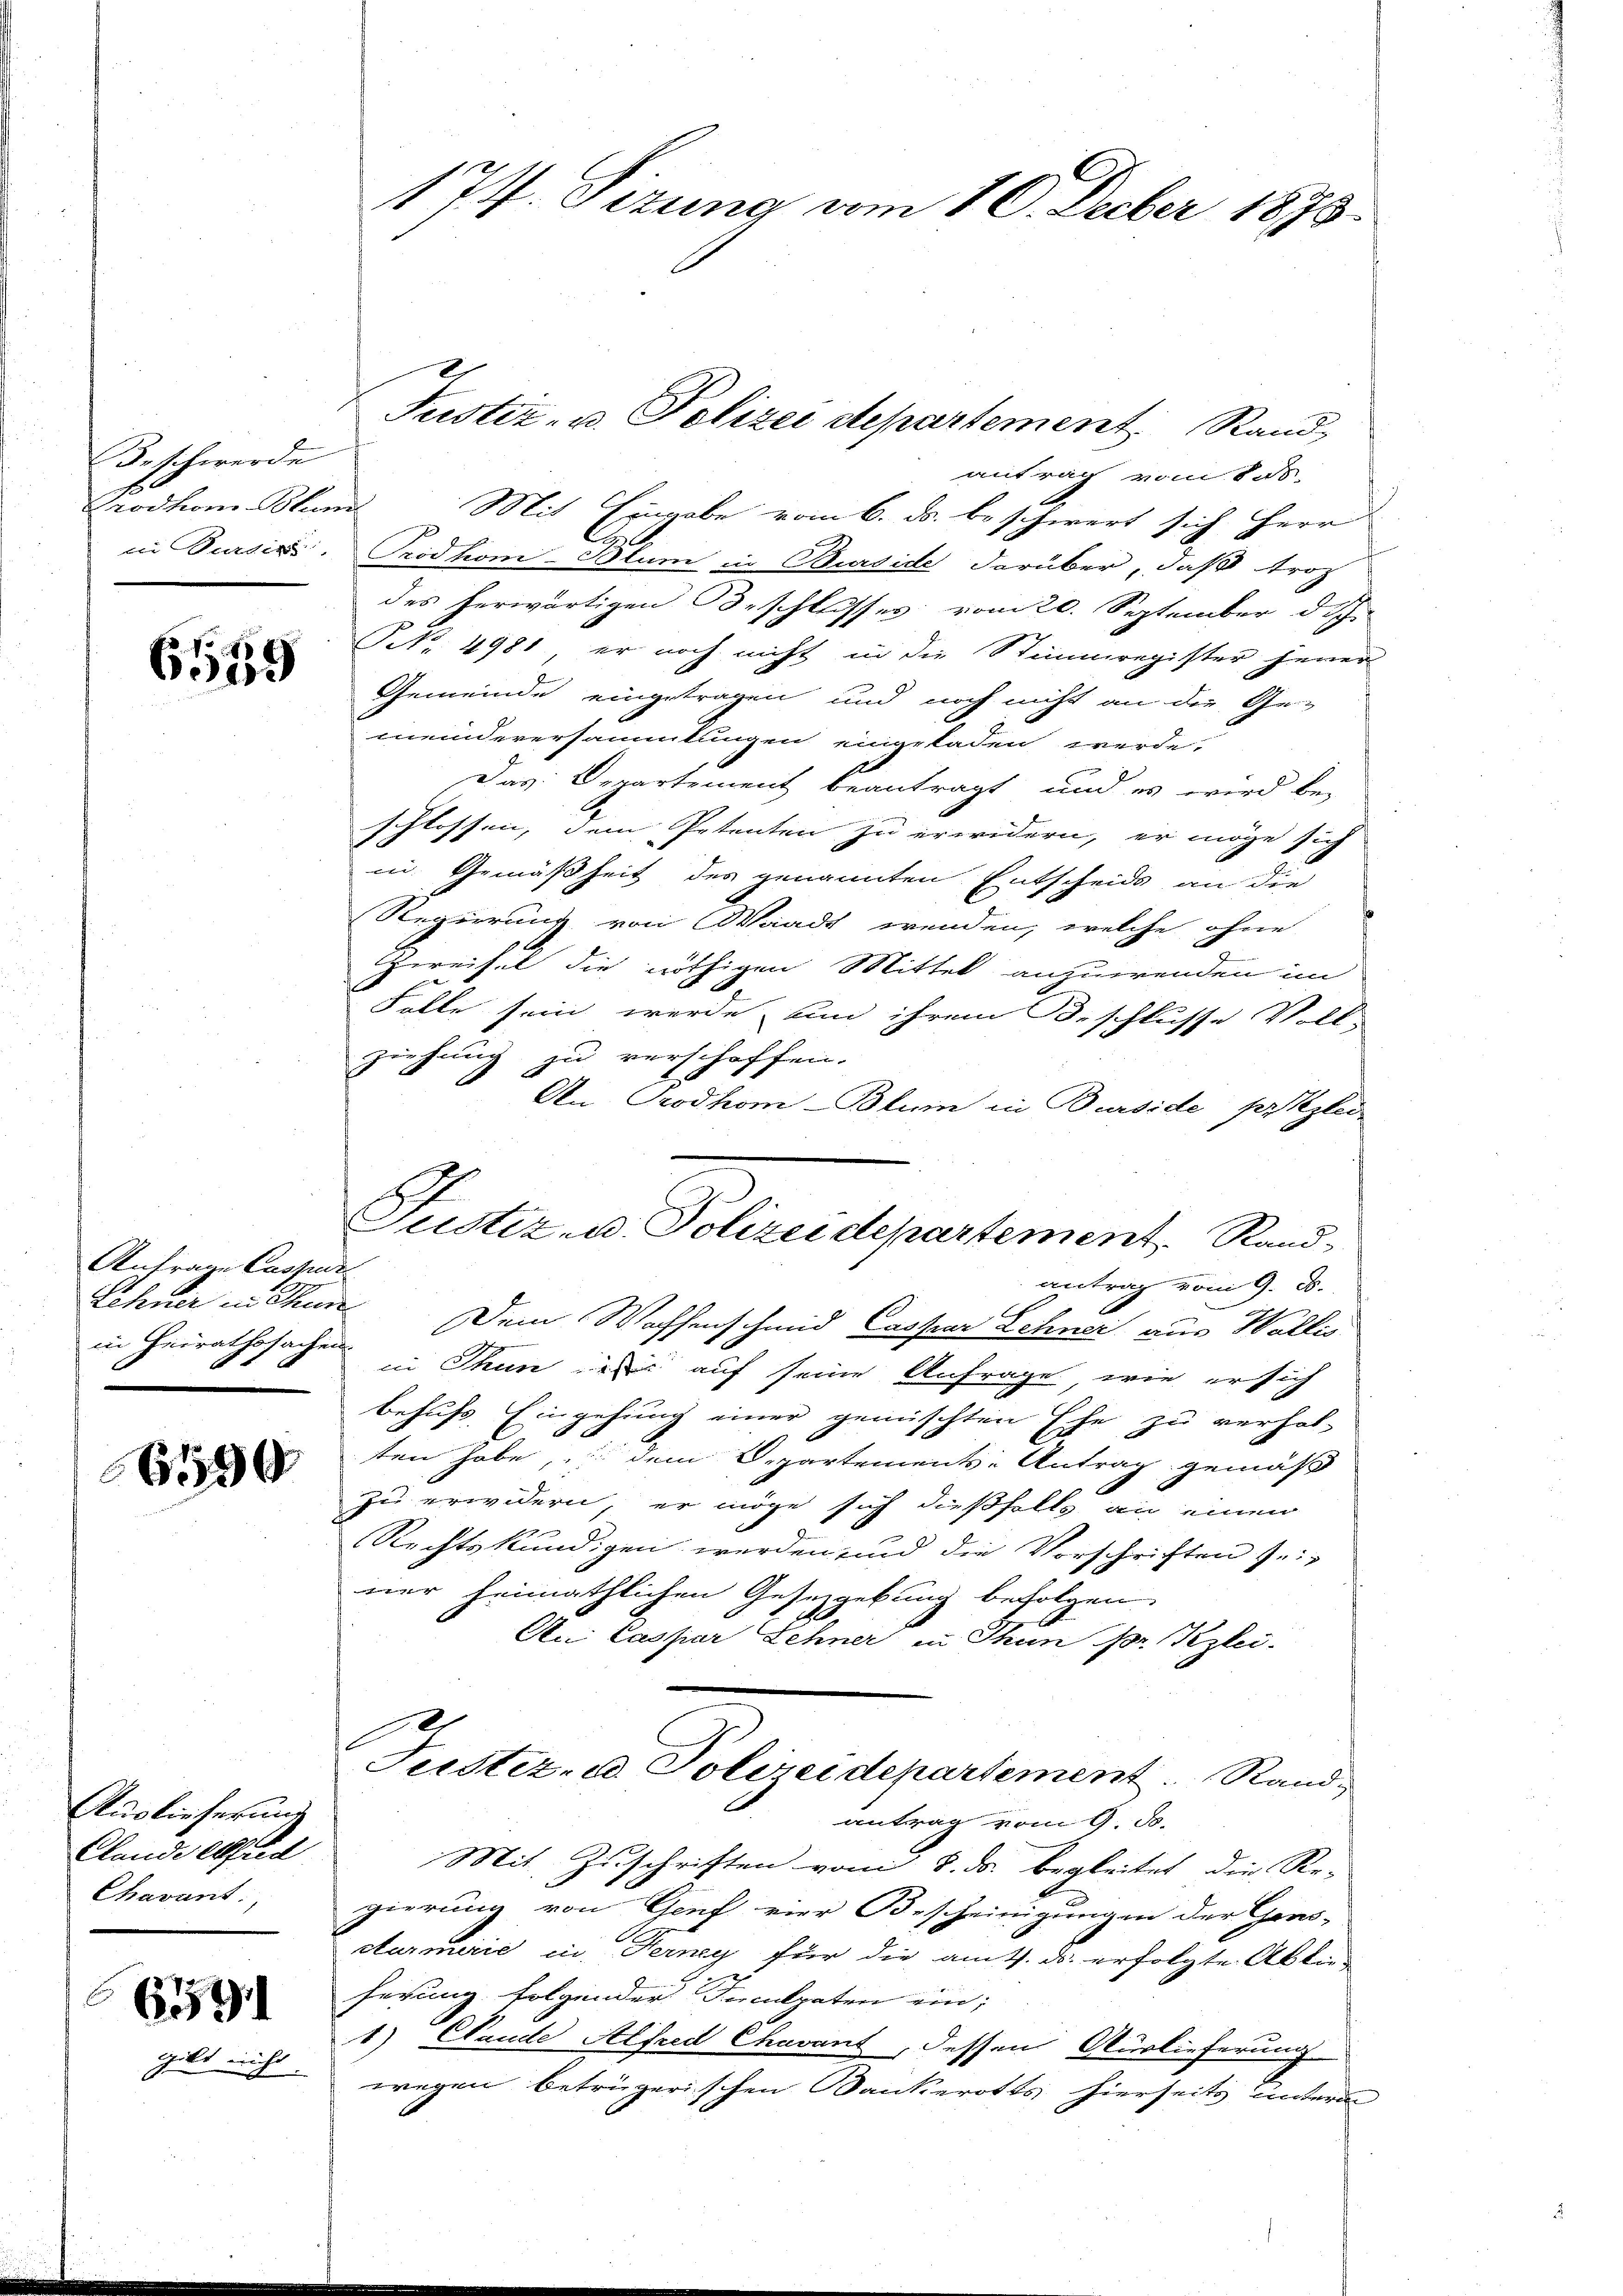
Beschwerde
rodham Mord
ie Verdig,

6559

Anfrage Caspure
Lehner in Thun
in Heirathssachen

6190

Auslieferung
Clandwellfed
Chavant

6591

gilt nicht

174. Sizung vom 10. Decber 1875.

antrag vom 8. ds.
Mit Eingabe vom 6. ds. beschwert sich Herr
Prodhom-Blum in Burside darüber, daß troz
des herwärtigen Beschlusses vom 20. September dich.
RB 4981, er noch nicht in die Stimmregister jener
Gemeinde eingetragen und noch nicht an die Ge-
meinderersammlungen eingeladen werde.
Das Departement beantragt, und es wird be-
schlossen, dem Petenten zu erwidern, er möge sich
in Gemäßheit des genannten Entscheids an die
Regierung von Waadt wenden, welche ohne
wreisel die nöthigen Mittel anzuwenden im
Folle sein werde, und ihrem Beschlusse Voll-
ziehung zu verschoffen.
An Prodhom-Blum in Burside pregler
antrag vom 9. d.
Dem Wachsenschmid Casser Schner aus Wallis
in Thun die auf seine Anfrage, wie er sich
behufs Eingehung einer gemischten Ehe zu verhal-
ten habe, dem Departements-Antrag gemäß
zu erwidern, er möge sich dießfalls an einen
Rechtskundigen werden und die Vorschriften seiner heimathlichen Gesetzgebung befolgen.
An Caspar Lehner in Thun pr. Kzlei-
Juster, u. Polizeidepartement. Rand,
antrag vom 9. d.
Mit Zuschriften vom 8. ds. begleitet die Re-
gierung von Genf vier Bescheinigungen der Geno-
cturmerie in Ferney für die am 4. ds. erfolgte Ablieferung folgender Incekreten ein;
1) Wande Alfred Chavant, dessen Auslieferung
wegen betrügerischen Bankerotts hierseits unterm

Justiz- u. Polizei departement. Stand

.
Justiz- u. Polizeidepartement Rand¬